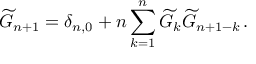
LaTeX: \widetilde { G } _ { n + 1 } = \delta _ { n , 0 } + n \sum _ { k = 1 } ^ { n } \widetilde { G } _ { k } \widetilde { G } _ { n + 1 - k } \, .